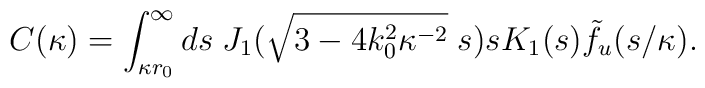
C(\kappa) = \int^{\infty}_{\kappa r_0} ds \; J_1(\sqrt{3-4k_0^2\kappa^{-2}}\;s) s K_1(s) \tilde{f}_u(s/\kappa).